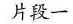
片段一